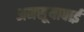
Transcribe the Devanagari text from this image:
अनसूयाबाई